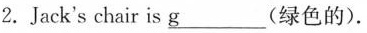
2.Jack's chair is \underline{g} (绿色的).